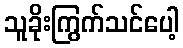
သူခိုးကြွက်သင်ပေါ့